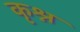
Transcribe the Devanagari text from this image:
कृश्न